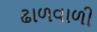
ઢાળવાળી